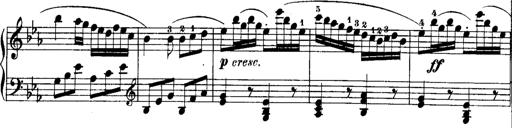
Title: Rondos and Sonatinas for Pianoforte
Composer: Daniel Steibelt